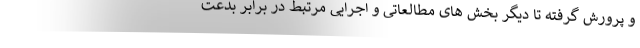
و پرورش گرفته تا دیگر بخش های مطالعاتی و اجرایی مرتبط در برابر بدعت